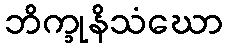
ဘိက္ခုနိသံဃော